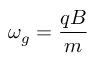
\omega _ { g } = { \frac { q B } { m } }